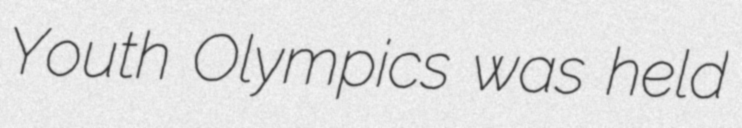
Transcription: Youth Olympics was held